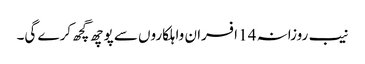
نیب روزانہ 14 افسران واہلکاروں سے پوچھ گچھ کرے گی۔